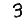
Digit: 3